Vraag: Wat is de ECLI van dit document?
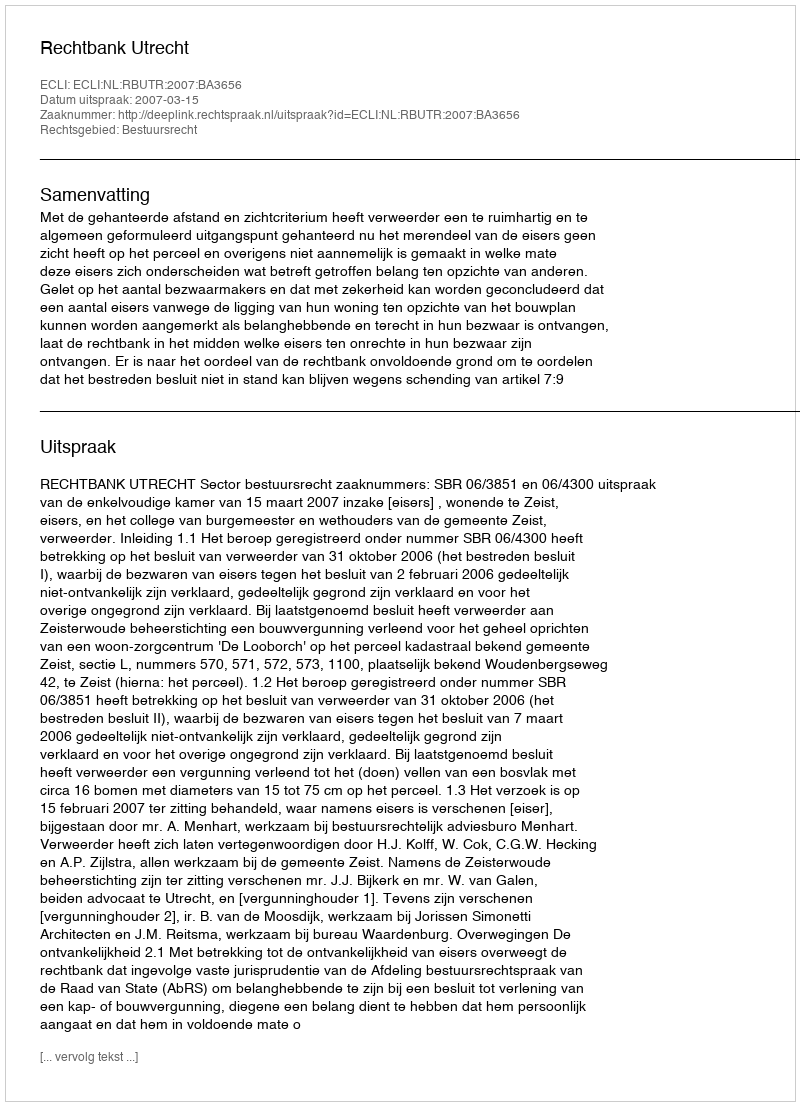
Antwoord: ECLI:NL:RBUTR:2007:BA3656